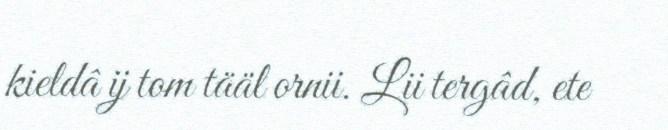
kieldâ ij tom tääl ornii. Lii tergâd, ete